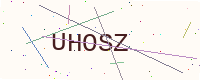
Text: UHOSZ